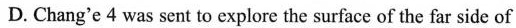
D.Chang'e 4 was sent to explore the surface of the far side of